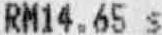
RM14.65 S